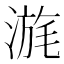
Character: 𣹪